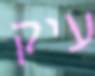
עיק